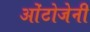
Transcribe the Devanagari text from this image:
ओंटोजेनी